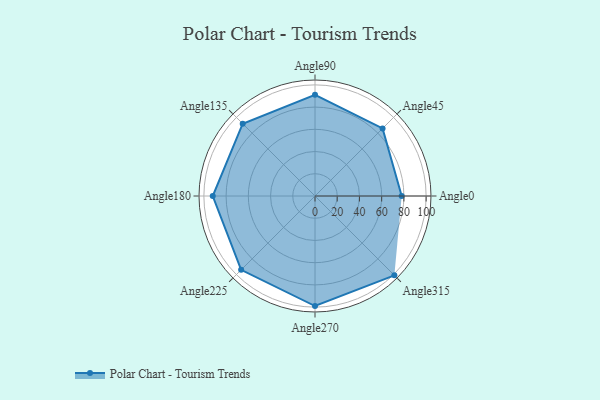
{"axis": {"x": "Angle", "y": "Radius"}, "legend": [""], "data": [{"x": "Angle0", "y": 78.0, "type": ""}, {"x": "Angle45", "y": 86.0, "type": ""}, {"x": "Angle90", "y": 91.0, "type": ""}, {"x": "Angle135", "y": 92.0, "type": ""}, {"x": "Angle180", "y": 92.0, "type": ""}, {"x": "Angle225", "y": 94.0, "type": ""}, {"x": "Angle270", "y": 99.0, "type": ""}, {"x": "Angle315", "y": 101.0, "type": ""}]}